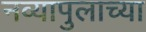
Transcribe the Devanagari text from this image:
नव्यापुलाच्या